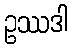
ဥဿဒါ